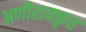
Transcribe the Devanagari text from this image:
अणीरायकृत